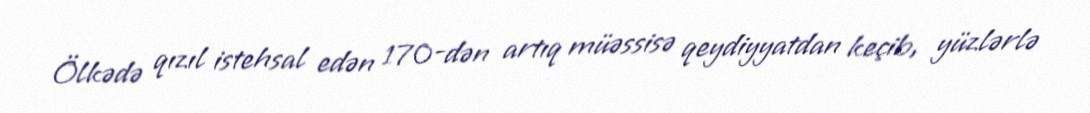
Ölkədə qızıl istehsal edən 170-dən artıq müəssisə qeydiyyatdan keçib, yüzlərlə